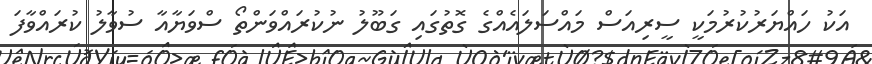
އަކު ހައްޔަރުކުރުމަކީ ސީރިއަސް މައްސަލައެއްގެ ގޮތުގައި ގަބޫލު ނުކުރައްވަންތޯ ސްވަޔާއާ ސުވާލު ކުރައްވާފަ